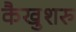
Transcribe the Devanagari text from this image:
कैखुशरु